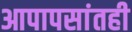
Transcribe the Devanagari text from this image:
आपापसांतही